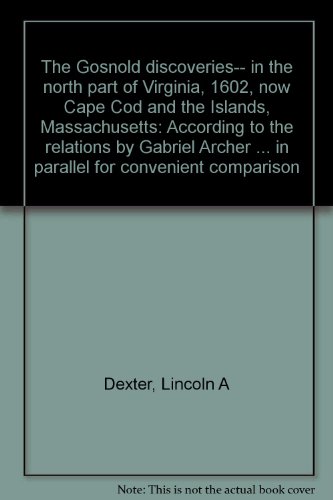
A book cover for The Gosnold discoveries-- in the north part of Virginia, 1602, now Cape Cod and the Islands, Massachusetts: According to the relations by Gabriel ... in parallel for convenient comparison; Lincoln A Dexter; Travel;